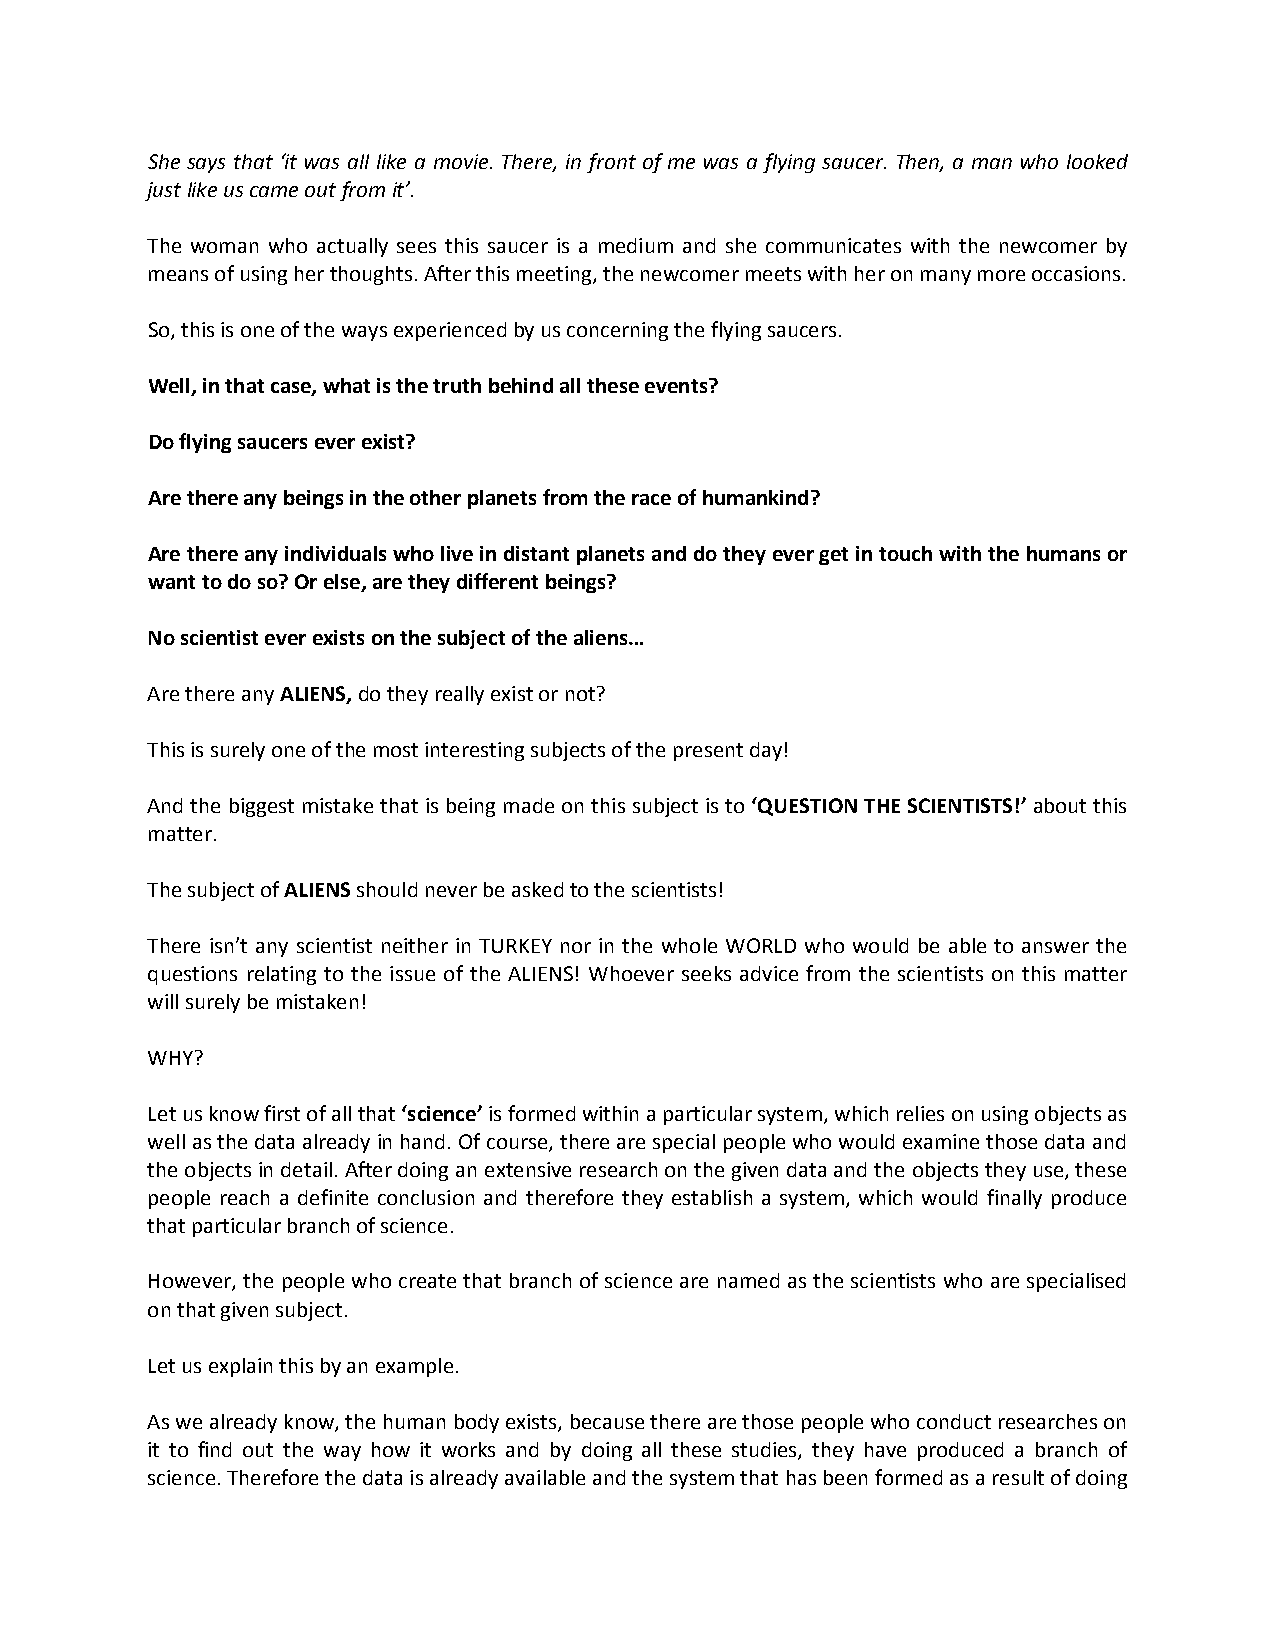
She says that ‘it was all like a movie. There, in front of me was a flying saucer. Then, a man who looked
 just like us came out from it’.
 The woman who actually sees this saucer is a medium and she communicates with the newcomer by
 means of using her thoughts. After this meeting, the newcomer meets with her on many more occasions.
 So, this is one of the ways experienced by us concerning the flying saucers.
 Well, in that case, what is the truth behind all these events?
 Do flying saucers ever exist?
 Are there any beings in the other planets from the race of humankind?
 Are there any individuals who live in distant planets and do they ever get in touch with the humans or
 want to do so? Or else, are they different beings?
 No scientist ever exists on the subject of the aliens…
 Are there any ALIENS, do they really exist or not?
 This is surely one of the most interesting subjects of the present day!
 And the biggest mistake that is being made on this subject is to ‘QUESTION THE SCIENTISTS!’ about this
 matter.
 The subject of ALIENS should never be asked to the scientists!
 There isn’t any scientist neither in TURKEY nor in the whole WORLD who would be able to answer the
 questions relating to the issue of the ALIENS! Whoever seeks advice from the scientists on this matter
 will surely be mistaken!
 WHY?
 Let us know first of all that ‘science’ is formed within a particular system, which relies on using objects as
 well as the data already in hand. Of course, there are special people who would examine those data and
 the objects in detail. After doing an extensive research on the given data and the objects they use, these
 people reach a definite conclusion and therefore they establish a system, which would finally produce
 that particular branch of science.
 However, the people who create that branch of science are named as the scientists who are specialised
 on that given subject.
 Let us explain this by an example.
 As we already know, the human body exists, because there are those people who conduct researches on
 it to find out the way how it works and by doing all these studies, they have produced a branch of
 science. Therefore the data is already available and the system that has been formed as a result of doing